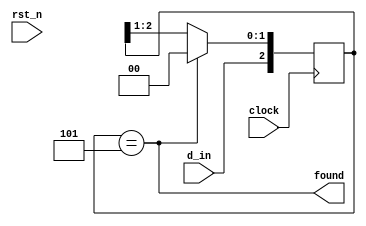
module lab6_seq_101 (
  input clock, rst_n,
  input d_in,
  output found
);

  reg [2:0] sr;

  always @( posedge clock ) begin
    if( !rst_n )
      sr <= 0;

    if( found ) 
      sr <= {d_in, 2'b00};
    else
      sr <= {d_in, sr[2:1]};
  end
      
  assign found = ( sr == 3'b101 );
        
endmodule